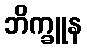
ဘိက္ခူန